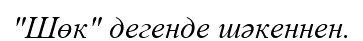
"Шөк" дегенде шәкеннен.